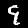
Digit: 9